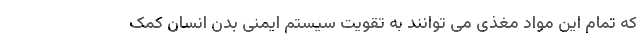
که تمام این مواد مغذی می توانند به تقویت سیستم ایمنی بدن انسان کمک